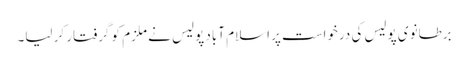
برطانوی پولیس کی درخواست پر اسلام آباد پولیس نے ملزم کو گرفتار کر لیا۔